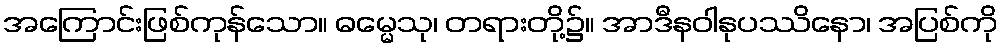
အကြောင်းဖြစ်ကုန်သော။ ဓမ္မေသု၊ တရားတို့၌။ အာဒီနဝါနုပဿိနော၊ အပြစ်ကို